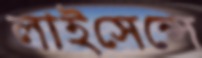
লাইসেন্সে